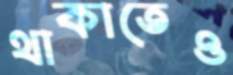
থাকাতেও